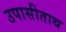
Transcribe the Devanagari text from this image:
उपासीताथ